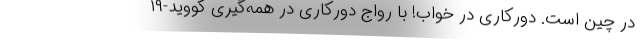
در چین است. دورکاری در خواب! با رواج دورکاری در همه‌گیری کووید-۱۹